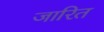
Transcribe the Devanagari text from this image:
जारित